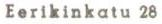
Eerikinkatu 28